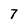
Character: 7